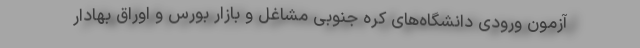
آزمون ورودی دانشگاه‌های کره جنوبی مشاغل و بازار بورس و اوراق بهادار